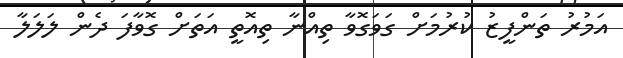
އަމުރު ތަންފީޒު ކުރުމަށް ގަވަގޮވާ ތިއްނާ ތިއޮތީ އަތަށް ގޮވާފަ ދެން ލަލަލާ